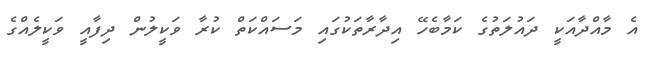
އެ މާއްދާއަކީ ދައުލަތުގެ ކަމާބެހޭ އިދާރާތަކުގައި މަސައްކަތް ކުރާ ވަކީލުން ދިފާއީ ވަކީލެއްގެ